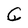
Character: C